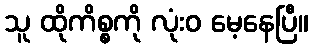
သူ ထိုကိစ္စကို လုံးဝ မေ့နေပြီ။